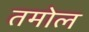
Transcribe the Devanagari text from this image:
तमोल